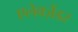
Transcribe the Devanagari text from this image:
एलेक्ज़ैंडर